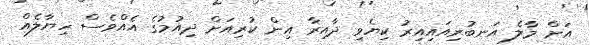
އަށް މާލެ އަނބުރިއައިއިރު ކިޔެވި ދާއިރާ އިން ކުރިއަށް ދިއުމުގެ އެއްވެސް ހިޔާލެއް